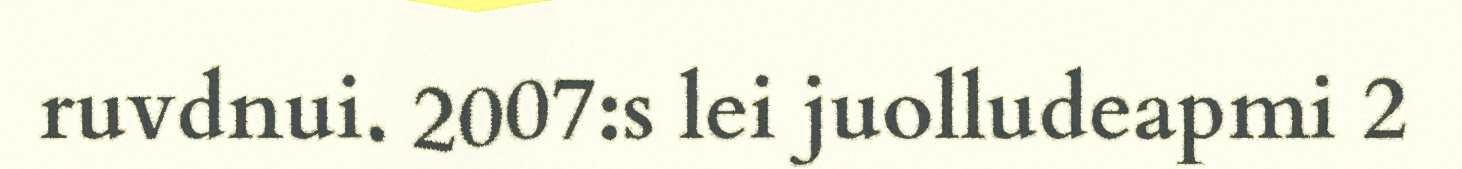
ruvdnui. 2007:s lei juolludeapmi 2